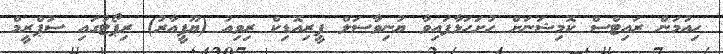
ހިއުމަން ރައިޓްސް ކޮމިޝަނަށް ހުށަހަޅާފައިވާ ޔުނިވާސަލް ޕީރިއޮޑިކް ރިވިއު (ޔޫޕީއާރު) ރިޕޯޓުގައި ސުޕްރީމް